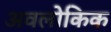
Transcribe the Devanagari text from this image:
अवलोकिक